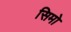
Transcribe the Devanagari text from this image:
सिमो